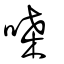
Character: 嗓